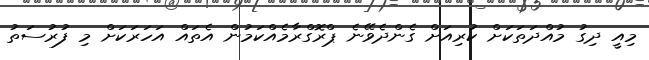
މިއީ ދިގު މުއްދަތަކަށް ކުރިއަށް ގެންދެވޭނެ ޕްރޮގްރާމެއްކަމުން އެތައް އަހަރަކަށް މި ފުރުސަތު